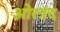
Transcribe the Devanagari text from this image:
ओरत्रंद